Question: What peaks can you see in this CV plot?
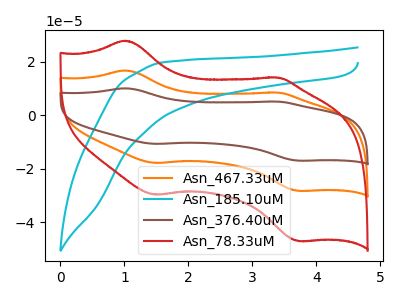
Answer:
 <answer>The orange curve "Asn_467.33uM" has anodic peaks at (1.00V, 16.75uA) (3.35V, 8.45uA) and cathodic peaks at (1.50V, -17.85uA) (3.70V, -28.30uA). The cyan curve "Asn_185.10uM" has no peaks. The brown curve "Asn_376.40uM" has anodic peaks at (1.00V, 33.50uA) (3.35V, 16.95uA) and cathodic peaks at (1.50V, -35.70uA) (3.70V, -56.60uA). The red curve "Asn_78.33uM" has anodic peaks at (1.00V, 27.85uA) (3.35V, 14.10uA) and cathodic peaks at (1.50V, -29.70uA) (3.70V, -47.05uA).</answer>
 <eval></eval>